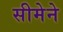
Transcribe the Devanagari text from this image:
सीमेने